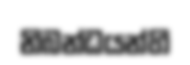
නිබන්ධයන්හි